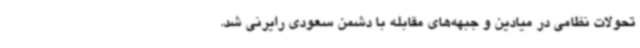
تحولات نظامی در میادین و جبهه‌های مقابله با دشمن سعودی رایرنی شد.